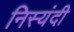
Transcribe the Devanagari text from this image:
निस्यंदी